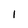
Character: I